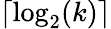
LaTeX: \lceil\log_{2}(k)\rceil